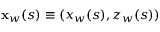
{ \bf { x } } _ { w } ( s ) \equiv ( x _ { w } ( s ) , z _ { w } ( s ) )